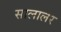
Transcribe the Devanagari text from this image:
सालालर